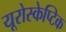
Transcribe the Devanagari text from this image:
यूरोस्केप्टिक